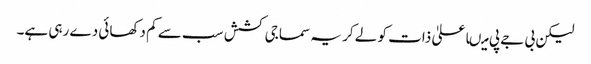
لیکن بی جے پی میںاعلیٰ ذات کو لے کر یہ سماجی کشش سب سے کم دکھائی دے رہی ہے۔